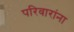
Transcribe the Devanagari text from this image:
परिवारांना